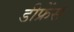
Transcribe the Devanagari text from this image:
डीफ्रेंस